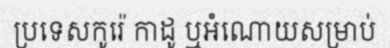
ប្រទេសកូរ៉េ កាដូ ឬអំណោយសម្រាប់